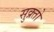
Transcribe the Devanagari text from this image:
सुक्र्तो